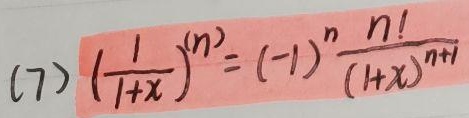
$(7)\left(\frac{1}{1 + x}\right)^{(n)} = (-1)^n\frac{n!}{(1 + x)^{n + 1}}$